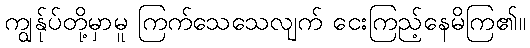
ကျွန်ုပ်တို့မှာမူ ကြက်သေသေလျက် ငေးကြည့်နေမိကြ၏။